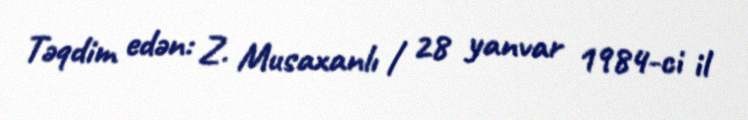
Təqdim edən: Z. Musaxanlı / 28 yanvar 1984-ci il